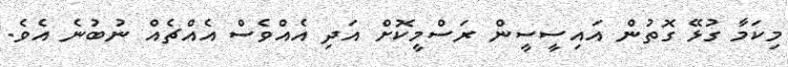
މިކަމާ ގުޅޭ ގޮތުން އައިސީސީން ރަސްމީކޮށް އަދި އެއްވެސް އެއްޗެއް ނުބުނެ އެވެ.